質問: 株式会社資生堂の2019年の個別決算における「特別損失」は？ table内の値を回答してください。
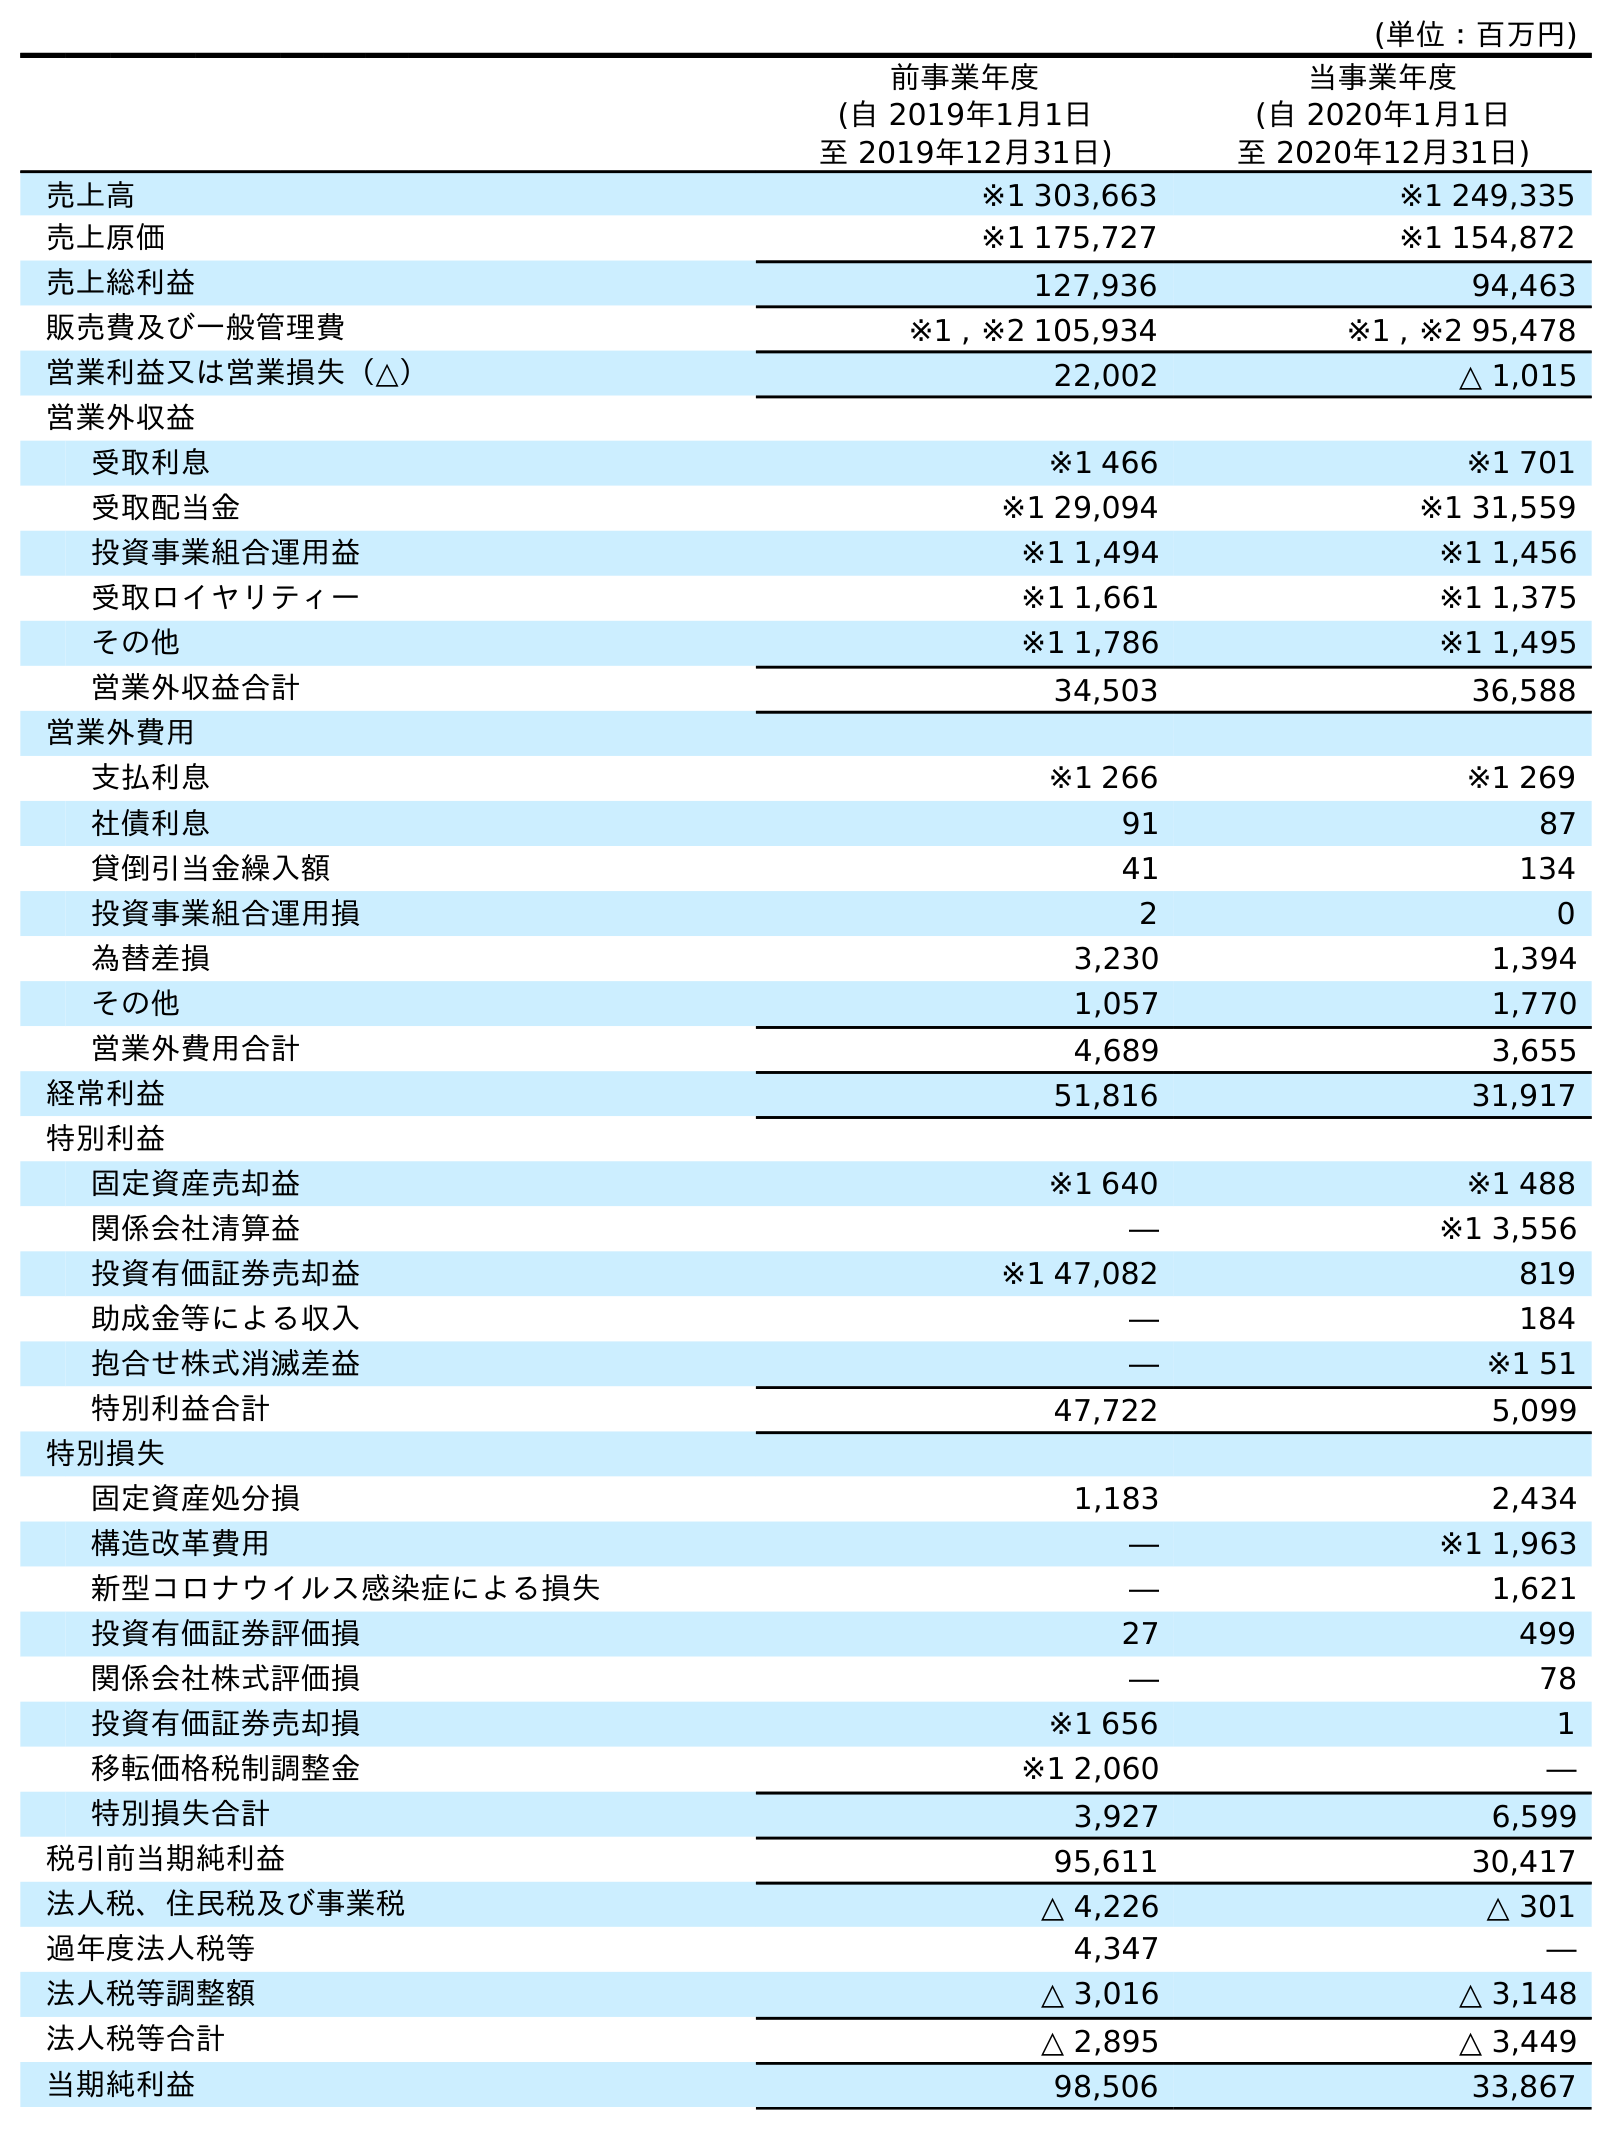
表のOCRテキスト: (単位：百万円) 前事業年度 (自 2019年1月1日 至 2019年12月31日) 当事業年度 (自 2020年1月1日 至 2020年12月31日) 売上高 ※1 303,663 ※1 249,335 売上原価 ※1 175,727 ※1 154,872 売上総利益 127,936 94,463 販売費及び一般管理費 ※1 , ※2 105,934 ※1 , ※2 95,478 営業利益又は営業損失（△） 22,002 △ 1,015 営業外収益 受取利息 ※1 466 ※1 701 受取配当金 ※1 29,094 ※1 31,559 投資事業組合運用益 ※1 1,494 ※1 1,456 受取ロイヤリティー ※1 1,661 ※1 1,375 その他 ※1 1,786 ※1 1,495 営業外収益合計 34,503 36,588 営業外費用 支払利息 ※1 266 ※1 269 社債利息 91 87 貸倒引当金繰入額 41 134 投資事業組合運用損 2 0 為替差損 3,230 1,394 その他 1,057 1,770 営業外費用合計 4,689 3,655 経常利益 51,816 31,917 特別利益 固定資産売却益 ※1 640 ※1 488 関係会社清算益 ― ※1 3,556 投資有価証券売却益 ※1 47,082 819 助成金等による収入 ― 184 抱合せ株式消滅差益 ― ※1 51 特別利益合計 47,722 5,099 特別損失 固定資産処分損 1,183 2,434 構造改革費用 ― ※1 1,963 新型コロナウイルス感染症による損失 ― 1,621 投資有価証券評価損 27 499 関係会社株式評価損 ― 78 投資有価証券売却損 ※1 656 1 移転価格税制調整金 ※1 2,060 ― 特別損失合計 3,927 6,599 税引前当期純利益 95,611 30,417 法人税、住民税及び事業税 △ 4,226 △ 301 過年度法人税等 4,347 ― 法人税等調整額 △ 3,016 △ 3,148 法人税等合計 △ 2,895 △ 3,449 当期純利益 98,506 33,867
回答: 3,927